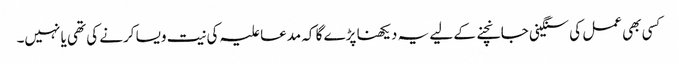
کسی بھی عمل کی سنگینی جانچنے کے لیے یہ دیکھنا پڑے گا کہ مدعا علیہ کی نیت ویسا کرنے کی تھی یا نہیں۔